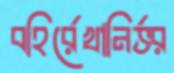
বহির্রেখানির্ভর